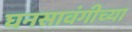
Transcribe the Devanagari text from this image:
घनसावंगीच्या